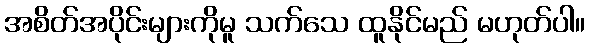
အစိတ်အပိုင်းများကိုမူ သက်သေ ထူနိုင်မည် မဟုတ်ပါ။